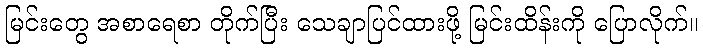
မြင်းတွေ အစာရေစာ တိုက်ပြီး သေချာပြင်ထားဖို့ မြင်းထိန်းကို ပြောလိုက်။